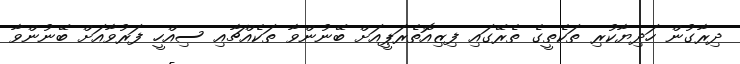
ދިރާގުން ހަދިޔާކުރި ތަކެތީގެ ތެރޭގައި ފިޒިއޮތެރަޕީއަށް ބޭނުންވާ ތަކެއްޗާއި ސިއްހީ ފަރުވާއަށް ބޭނުންވާ